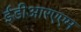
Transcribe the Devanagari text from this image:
ईडीआरएएम